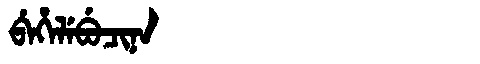
Manchu: ᠪᡝᡥᡝᠯᡝᠪᡠᠴᡳᠨᠠ
Romanization: BEHELEBUCINA